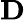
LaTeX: \mathbf{D}